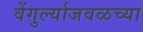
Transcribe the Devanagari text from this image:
वेंगुर्ल्याजवळच्या